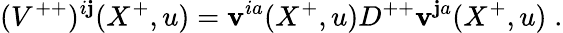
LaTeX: ({V}^{++})^{i\mathbf{j}}(X^{+},u)=\mathbf{v}^{ia}(X^{+},u)D^{++}\mathbf{v}^{\mathbf{j}a}(X^{+},u)\; .